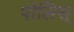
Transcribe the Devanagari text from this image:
पोलिस्